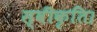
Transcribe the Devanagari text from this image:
स्वीकृति।